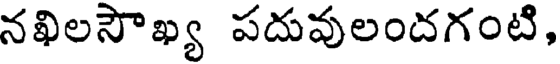
నఖిలసౌఖ్య పదువులందగంటి,